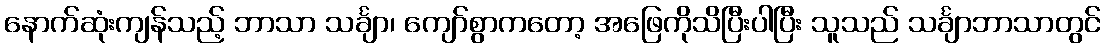
နောက်ဆုံးကျန်သည့် ဘာသာ သင်္ချာ၊ ကျော်စွာကတော့ အဖြေကိုသိပြီးပါပြီး သူသည် သင်္ချာဘာသာတွင်